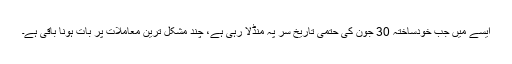
ایسے میں جب خودساختہ 30 جون کی حتمی تاریخ سر پہ منڈلا رہی ہے، چند مشکل ترین معاملات پر بات ہونا باقی ہے۔